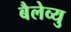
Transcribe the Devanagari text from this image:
बैलेव्यु